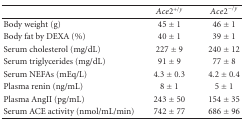
<table><thead><tr><td></td><td><b><i>Ac</i><i>e</i>2<sup>+/<i>y</i></sup></b></td><td><b><i>Ac</i><i>e</i>2<sup>−/<i>y</i></sup></b></td></tr></thead><tbody><tr><td>Body weight (g)</td><td>45 ± 1</td><td>46 ± 1</td></tr><tr><td>Body fat by DEXA (%)</td><td>40 ± 1</td><td>39 ± 1</td></tr><tr><td>Serum cholesterol (mg/dL)</td><td>227 ± 9</td><td>240 ± 12</td></tr><tr><td>Serum triglycerides (mg/dL)</td><td>91 ± 9</td><td>77 ± 8</td></tr><tr><td>Serum NEFAs (mEq/L)</td><td>4.3 ± 0.3</td><td>4.2 ± 0.4</td></tr><tr><td>Plasma renin (ng/mL)</td><td>8 ± 1</td><td>5 ± 1</td></tr><tr><td>Plasma AngII (pg/mL)</td><td>243 ± 50</td><td>154 ± 35</td></tr><tr><td>Serum ACE activity (nmol/mL/min)</td><td>742 ± 77</td><td>686 ± 96</td></tr></tbody></table>